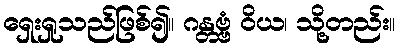
ရှေးရှုသည်ဖြစ်၍။ ဂန္တဗ္ဗံ ဝိယ၊ သို့တည်း။